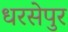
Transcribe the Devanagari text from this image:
धरसेपुर